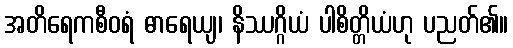
အတိရေကစီဝရံ ဓာရေယျ၊ နိဿဂ္ဂိယံ ပါစိတ္တိယံဟု ပညတ်၏။